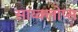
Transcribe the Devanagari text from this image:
साय्क्लोप्स